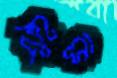
হিংসা